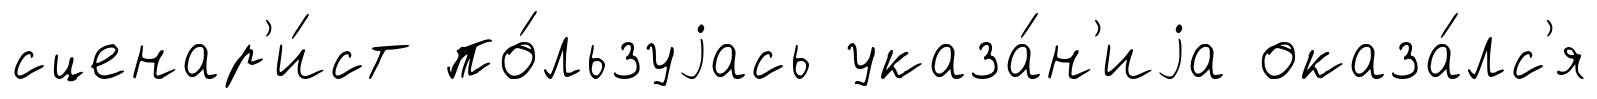
сценар'и́ст по́льзуjась указа́н'иjа оказа́лс'я